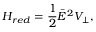
H _ { r e d } = \frac { 1 } { 2 } \bar { E } ^ { 2 } V _ { \perp } ,